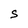
Character: S